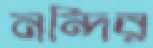
নন্দির